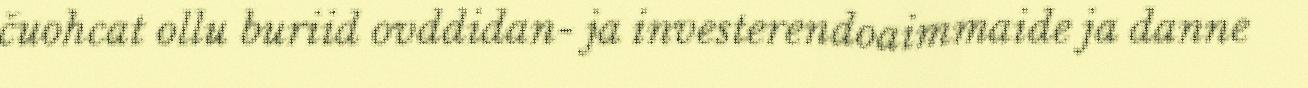
čuohcat ollu buriid ovddidan- ja investerendoaimmaide ja danne